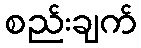
စည်းချက်